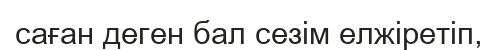
саған деген бал сезім елжіретіп,